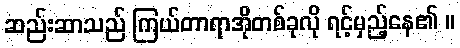
ဆည်းဆာသည် ကြယ်တာရာအိုတစ်ခုလို ရင့်မှည့်နေ၏ ။